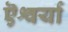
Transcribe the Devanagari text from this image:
ऎश्वर्या